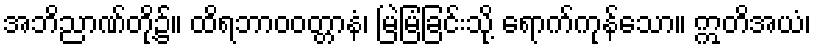
အဘိညာဏ်တို့၌။ ထိရဘာဝဝတ္တာနံ၊ မြဲမြံခြင်းသို့ ရောက်ကုန်သော။ ဣတိအယံ၊